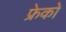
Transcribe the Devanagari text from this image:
फ्रेको